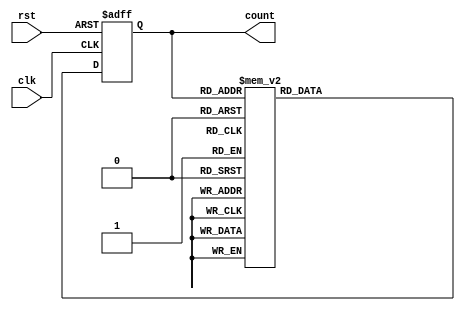
module gray_code_counter (
    input wire clk,
    input wire rst,
    output reg [3:0] count
);

reg [3:0] next_count;

always @ (posedge clk or posedge rst) begin
    if (rst)
        count <= 4'b0000;
    else
        count <= next_count;
end

always @ (*) begin
    case(count)
        4'b0000: next_count = 4'b0001; // increment in gray code
        4'b0001: next_count = 4'b0011;
        4'b0011: next_count = 4'b0010;
        4'b0010: next_count = 4'b0110;
        4'b0110: next_count = 4'b0111;
        4'b0111: next_count = 4'b0101;
        4'b0101: next_count = 4'b0100;
        4'b0100: next_count = 4'b1100;
        4'b1100: next_count = 4'b1101;
        4'b1101: next_count = 4'b1111;
        4'b1111: next_count = 4'b1110;
        default: next_count = 4'b0000;
    endcase
end

endmodule